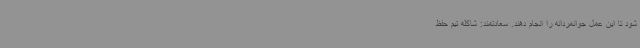
شود تا این عمل جوانمردانه را انجام دهند. سعادتمند: شاکله تیم حفظ